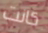
كانت